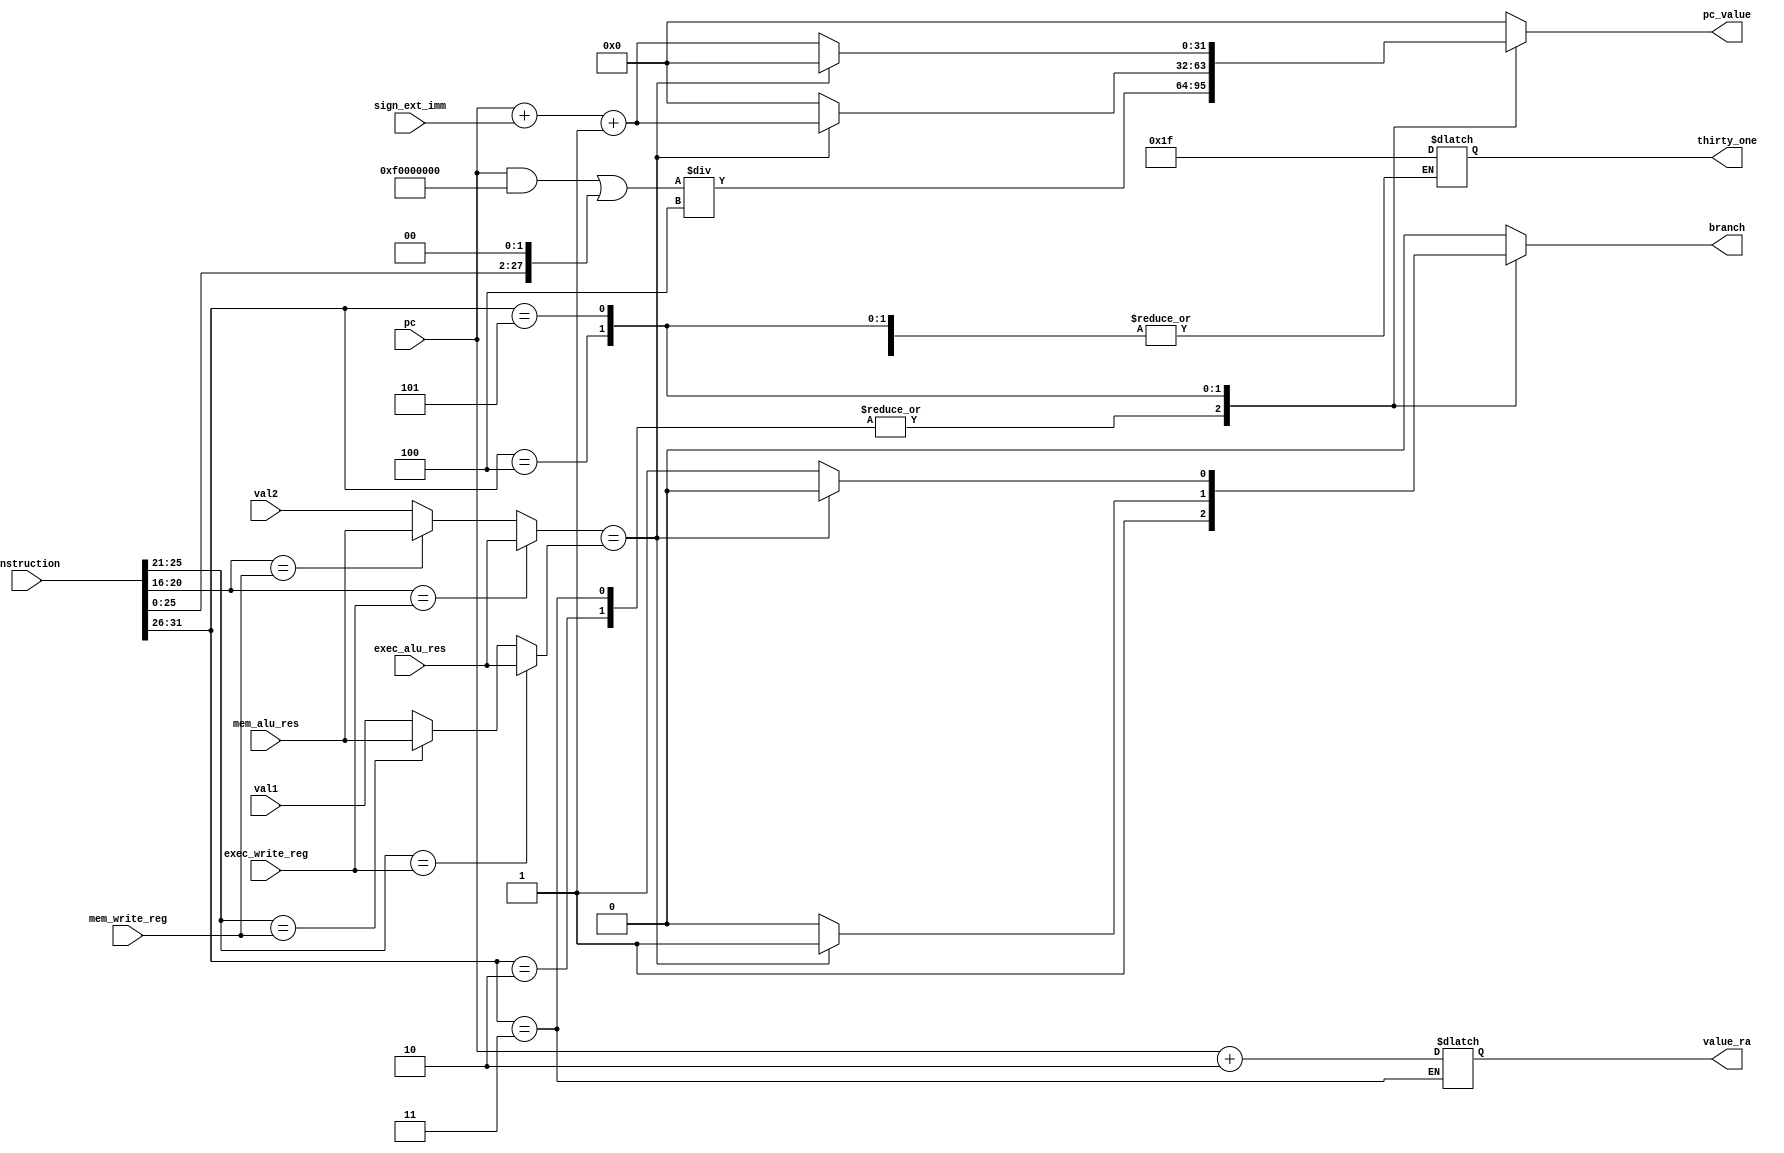
module branch_unit (

	//Base information needed
	input [31:0] instruction,
	input [31:0] sign_ext_imm,
	input [31:0] val1,
	input [31:0] val2,
	input [31:0] pc,

	//Forwarding relevant things
	//If rs or rt was written to by instructions in the execution or mem stage we need to grab those values
	
	//execution stage write register and alu value
	input [4:0] exec_write_reg,
	input [31:0] exec_alu_res,
	
	//mem stage writer register and alu value
	input [4:0] mem_write_reg,
	input [31:0] mem_alu_res,
	
	//Output is just a flag for branching and whatever the value should be if flag is set
	output reg [31:0] pc_value,
	output reg branch,
	output reg [31:0] value_ra,
	output reg [4:0] thirty_one
	//output reg jump_jal

);

	wire [5:0] opcode;
	assign opcode = instruction[31:26];
	
	wire[4:0] rs;
	assign rs = instruction[25:21];
	
	wire[4:0] rt;
	assign rt = instruction[20:16];
	
	wire[25:0] target;
	assign target = instruction[25:0];
	
	integer value_rs;
	integer value_rt;
	
	initial begin
		branch = 0;
		//jump_jal = 0;
	end
	
	always begin 
	//RS
	//First we check exec stage for forwarding
	if (rs == exec_write_reg) begin
		value_rs = exec_alu_res;
	end
	//If exec stage is good check mem stage for forwarding
	else if (rs == mem_write_reg) begin
		value_rs = mem_alu_res;
	end
	//If no forwarding is needed just set value to whatever regfile spit out
	else begin 
		value_rs = val1;
	end
	
	
	//RT
	//First we check exec stage for forwarding
	if (rt == exec_write_reg) begin
		value_rt = exec_alu_res;
	end
	//If exec stage is good check mem stage for forwarding
	else if (rt == mem_write_reg) begin
		value_rt = mem_alu_res;
	end
	//If no forwarding is needed just set value to whatever regfile spit out
	else begin 
		value_rt = val2;
	end
	
	case(opcode)
		2: //JUMP
			//Here we just want to jump to the register stored in target
			begin
			branch = 1;
			pc_value = ((pc & 32'hf0000000) | (target << 2))/4; //This is just how the target address is calculated for jump instruction	
			end
		3: //JAL
			//Jump code here is same as regular jump instruction
			begin
			branch = 1;
			pc_value = ((pc & 32'hf0000000) | (target << 2))/4;
		
			//Need to deal with writing data to return register now
			//Return register address is a hard coded value (31)
			//Return register data is just our current program counter +2
			value_ra = pc + 2;
			thirty_one = 31;	
			end
		4: //BEQ	
			//If they are equal
			if (value_rt == value_rs) begin
				branch = 1;
				pc_value = pc + sign_ext_imm + 1; //We add 1 here due to the current placement of our mux
			end
			//If not equal
			else begin
				branch = 0;
				pc_value = 0;
			end
		5: //BNE
			//If equal do nothing
			if(value_rt == value_rs) begin
				branch = 0;
				pc_value = 0;
			end
			//if not equal branch
			else begin
				branch = 1;
				pc_value = pc + sign_ext_imm + 1; //We add 1 here due to the current placement of our mux
			end
		default:
			begin
			branch = 0;
			pc_value = 0;
			thirty_one = 31;
			end
	endcase 
	/*
	//Forwarding taken care of, value_rs and value_rt should now hold correct comparison values
	
	//Currently this logic does not account for SW instructions modifying the register values
	
	//JUMP
	if (opcode == 2) begin
		//Here we just want to jump to the register stored in target
		branch = 1;
		pc_value = ((pc & 32'hf0000000) | (target << 2))/4; //This is just how the target address is calculated for jump instruction
	end
	
	//JAL
	else if (opcode == 3) begin
		//Jump code here is same as regular jump instruction
		branch = 1;
		pc_value = ((pc & 32'hf0000000) | (target << 2))/4;
		
		//Need to deal with writing data to return register now
		//Return register address is a hard coded value (31)
		//Return register data is just our current program counter +2
		value_ra = pc + 2;
		thirty_one = 31;
	end
	//BEQ
	else if(opcode == 4) begin
		
		//If they are equal
		if (value_rt == value_rs) begin
			branch = 1;
			pc_value = pc + sign_ext_imm + 1; //We add 1 here due to the current placement of our mux
		end
		//If not equal
		else begin
			branch = 0;
			pc_value = 0;
		end
	
	end
	
	//BNE
	else if (opcode == 5) begin
		//If equal do nothing
		if(value_rt == value_rs) begin
			branch = 0;
			pc_value = 0;
		end
		//if not equal branch
		else begin
			branch = 1;
			pc_value = pc + sign_ext_imm + 1; //We add 1 here due to the current placement of our mux
		end
	end

	//If we are not on a branch instruction
	else begin 
		branch = 0;
		pc_value = 0;
		//jump_jal = 0;
		//thirty_one = 31;
	end
	*/
	end

endmodule